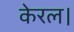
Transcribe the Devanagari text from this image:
केरल।